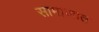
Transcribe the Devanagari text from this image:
सामाजात